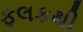
ફલકથી